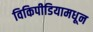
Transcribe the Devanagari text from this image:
विकिपीडियामधून